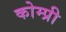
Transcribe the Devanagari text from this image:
कोम्प्री